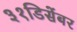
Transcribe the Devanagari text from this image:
३१डिसेंबर